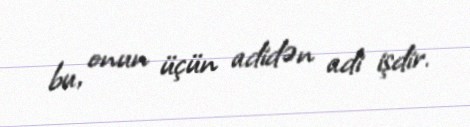
bu, onun üçün adidən adi işdir.